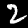
Label: 2